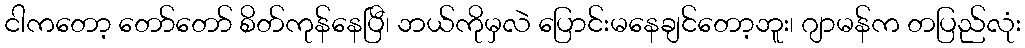
ငါကတော့ တော်တော် စိတ်ကုန်နေပြီ၊ ဘယ်ကိုမှလဲ ပြောင်းမနေချင်တော့ဘူး၊ ဂျာမန်က တပြည်လုံး